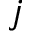
j